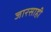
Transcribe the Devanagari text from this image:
जारसाही